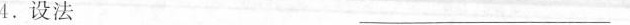
4.设法 ___